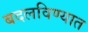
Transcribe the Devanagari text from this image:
बदलविण्यात